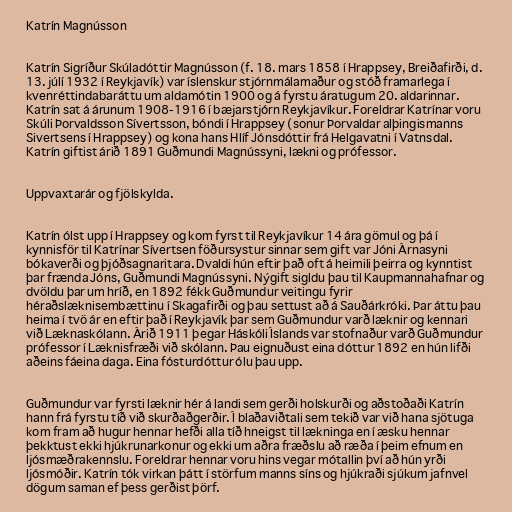
Katrín Magnússon

Katrín Sigríður Skúladóttir Magnússon (f. 18. mars 1858 í Hrappsey, Breiðafirði, d.
13. júlí 1932 í Reykjavík) var íslenskur stjórnmálamaður og stóð framarlega í
kvenréttindabaráttu um aldamótin 1900 og á fyrstu áratugum 20. aldarinnar.
Katrín sat á árunum 1908-1916 í bæjarstjórn Reykjavíkur. Foreldrar Katrínar voru
Skúli Þorvaldsson Sívertsson, bóndi í Hrappsey (sonur Þorvaldar alþingismanns
Sivertsens í Hrappsey) og kona hans Hlíf Jónsdóttir frá Helgavatni í Vatnsdal.
Katrín giftist árið 1891 Guðmundi Magnússyni, lækni og prófessor.

Uppvaxtarár og fjölskylda.

Katrín ólst upp í Hrappsey og kom fyrst til Reykjavíkur 14 ára gömul og þá í
kynnisför til Katrínar Sívertsen föðursystur sinnar sem gift var Jóni Árnasyni
bókaverði og þjóðsagnaritara. Dvaldi hún eftir það oft á heimili þeirra og kynntist
þar frænda Jóns, Guðmundi Magnússyni. Nýgift sigldu þau til Kaupmannahafnar og
dvöldu þar um hríð, en 1892 fékk Guðmundur veitingu fyrir
héraðslæknisembættinu í Skagafirði og þau settust að á Sauðárkróki. Þar áttu þau
heima í tvö ár en eftir það í Reykjavík þar sem Guðmundur varð læknir og kennari
við Læknaskólann. Árið 1911 þegar Háskóli Íslands var stofnaður varð Guðmundur
prófessor í Læknisfræði við skólann. Þau eignuðust eina dóttur 1892 en hún lifði
aðeins fáeina daga. Eina fósturdóttur ólu þau upp.

Guðmundur var fyrsti læknir hér á landi sem gerði holskurði og aðstoðaði Katrín
hann frá fyrstu tíð við skurðaðgerðir. Í blaðaviðtali sem tekið var við hana sjötuga
kom fram að hugur hennar hefði alla tíð hneigst til lækninga en í æsku hennar
þekktust ekki hjúkrunarkonur og ekki um aðra fræðslu að ræða í þeim efnum en
ljósmæðrakennslu. Foreldrar hennar voru hins vegar mótallin því að hún yrði
ljósmóðir. Katrín tók virkan þátt í störfum manns síns og hjúkraði sjúkum jafnvel
dögum saman ef þess gerðist þörf.